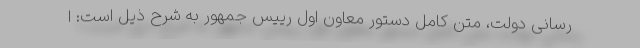
رسانی دولت، متن کامل دستور معاون اول رییس جمهور به شرح ذیل است: ا